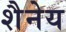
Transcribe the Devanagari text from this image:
शैनेय